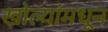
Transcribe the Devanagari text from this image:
खोल्यांमधून